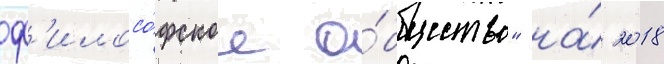
ф'илосо́фское о́бщество" на́ 2018